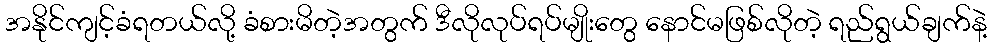
အနိုင်ကျင့်ခံရတယ်လို့ ခံစားမိတဲ့အတွက် ဒီလိုလုပ်ရပ်မျိုးတွေ နောင်မဖြစ်လိုတဲ့ ရည်ရွယ်ချက်နဲ့